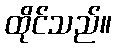
ထိုင်သည်။